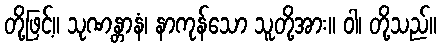
တို့ဖြင့်။ သုဏန္တာနံ၊ နာကုန်သော သူတို့အား။ ဝါ၊ တို့သည်။